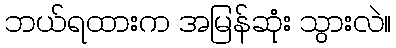
ဘယ်ရထားက အမြန်ဆုံး သွားလဲ။